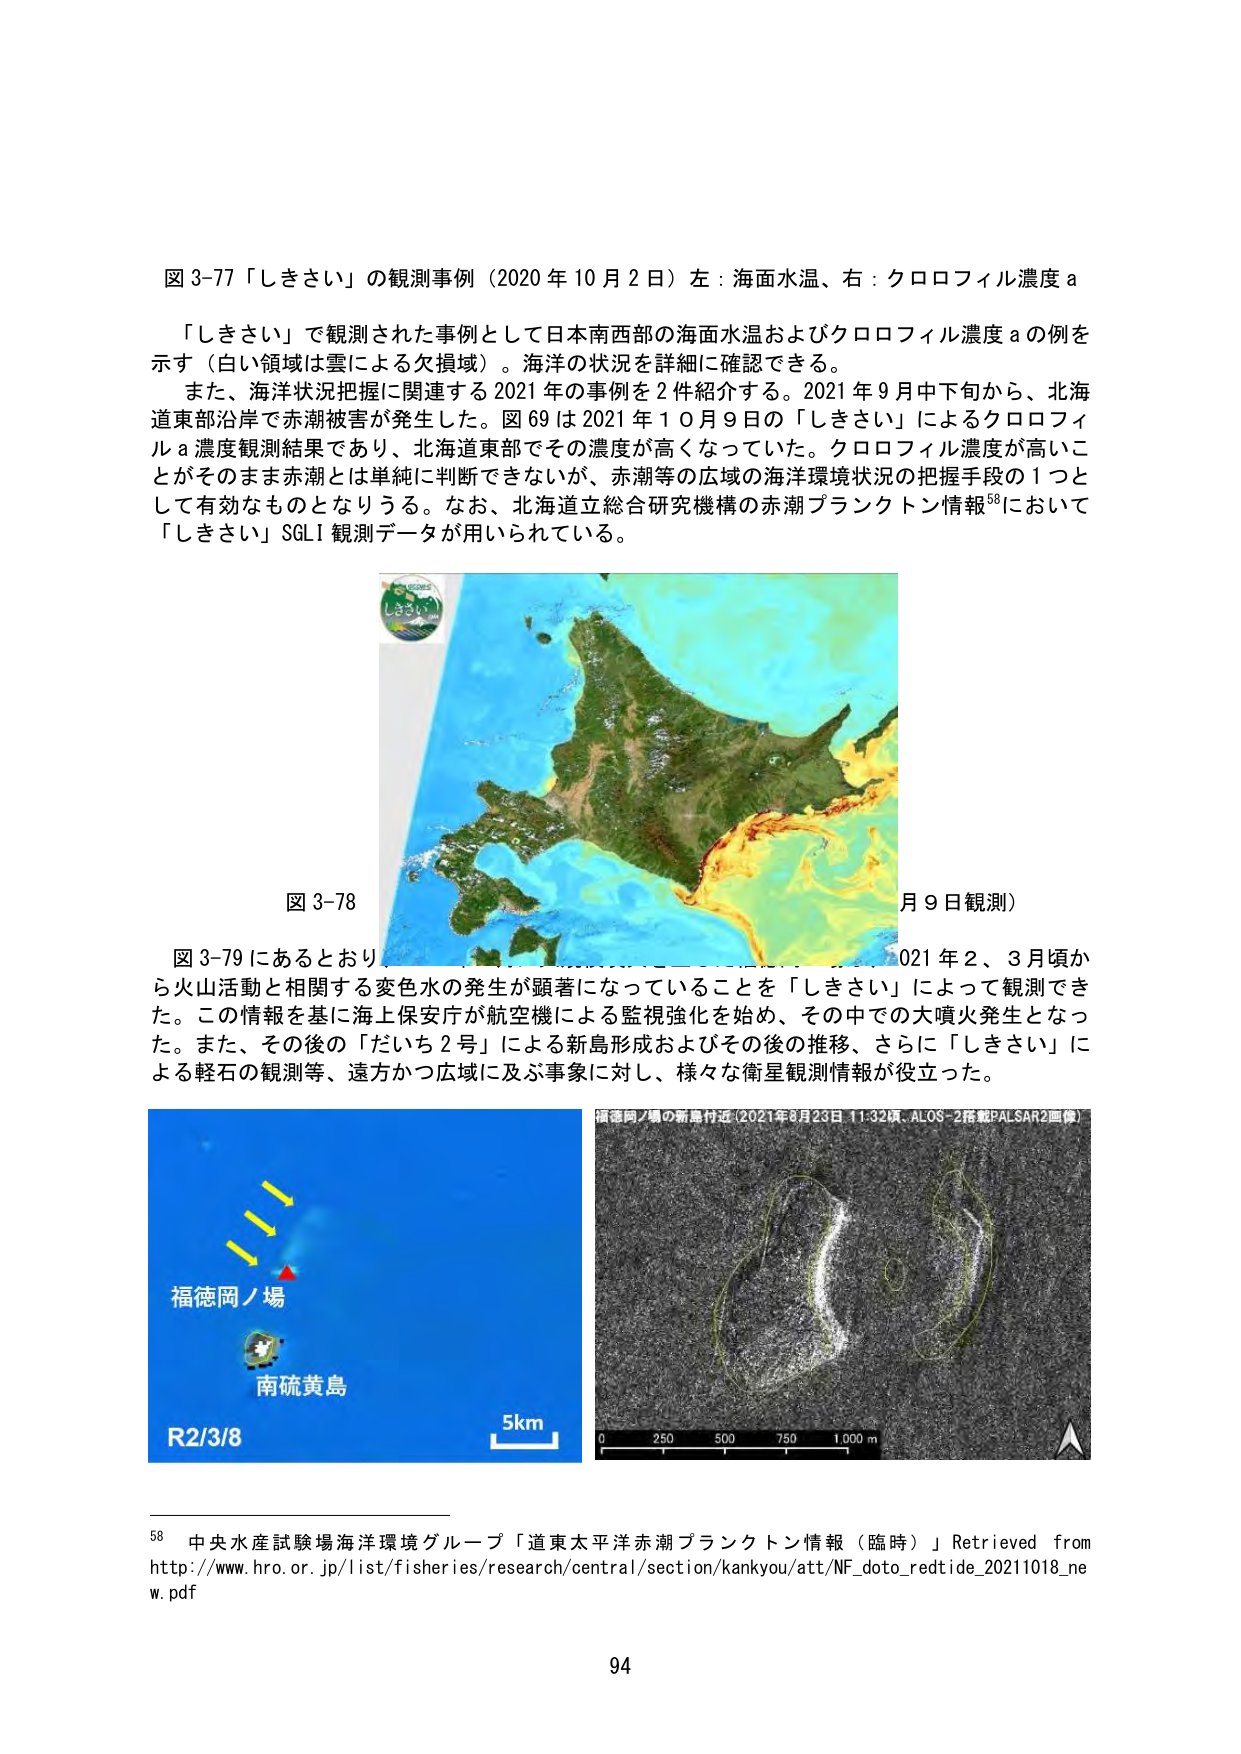
図 3-77 「しきさい」の観測事例（2020 年 10 月 2 日）左：海面水温、右：クロロフィル濃度 a

「しきさい」で観測された事例として日本南西部の海面水温およびクロロフィル濃度 a の例を示す（白い領域は雲による欠損域）。海洋の状況を詳細に確認できる。

また、海洋状況把握に関連する 2021 年の事例を 2 件紹介する。2021 年 9 月中下旬から、北海道東部沿岸で赤潮被害が発生した。図 69 は 2021 年 10 月 9 日の「しきさい」によるクロロフィル a 濃度観測結果であり、北海道東部でその濃度が高くなっていた。クロロフィル濃度が高いことがそのまま赤潮とは単純に判断できないが、赤潮等の広域の海洋環境状況の把握手段の 1 つとして有効なものとなりうる。なお、北海道立総合研究機構の赤潮プランクトン情報⁵⁸において「しきさい」SGLI 観測データが用いられている。

図 3-78

図 3-79 にあるとおり、2021 年 2、3 月頃から火山活動と相関する変色水の発生が顕著になっていることを「しきさい」によって観測できた。この情報を基に海上保安庁が航空機による監視強化を始め、その中での大噴火発生となった。また、その後の「だいち 2 号」による新島形成およびその後の推移、さらに「しきさい」による軽石の観測等、遠方かつ広域に及ぶ事象に対し、様々な衛星観測情報が役立った。

福徳岡ノ場
南硫黄島
R2/3/8
5km

福徳岡ノ場の新島付近（2021年3月23日 11:32頃、ALOS-2搭載PALSAR2画像）
0 250 500 750 1,000 m

⁵⁸ 中央水産試験場海洋環境グループ「道東太平洋赤潮プランクトン情報（臨時）」Retrieved from http://www.hro.or.jp/list/fisheries/research/central/section/kankyou/att/NF_doto_redtide_20211018_new.pdf

94